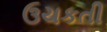
ઉચકતી